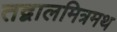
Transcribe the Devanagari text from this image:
तद्बालमित्रमथ